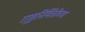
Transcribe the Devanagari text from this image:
राष्ट्रनिर्मितीच्या